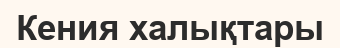
Кения халықтары